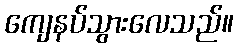
ကျေနပ်သွားလေသည်။